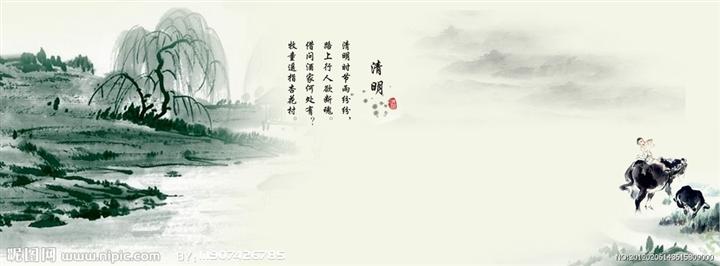
故园肠断处，日夜柳条新。